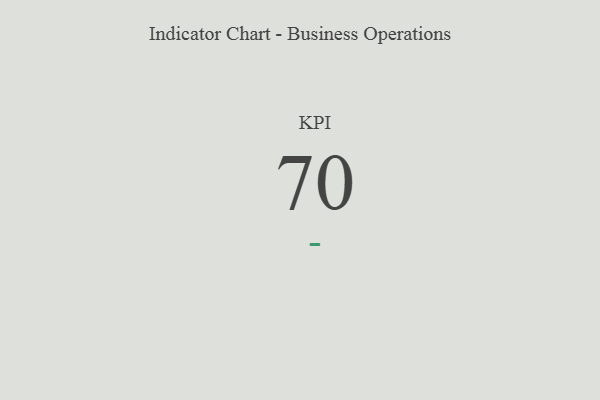
{"axis": {"x": "KPI", "y": "Value"}, "legend": [""], "data": [{"x": "KPI", "y": 70, "type": ""}]}